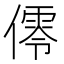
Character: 𠏡